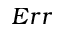
E r r